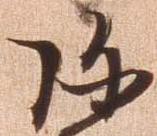
弥